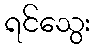
ရင်သွေး